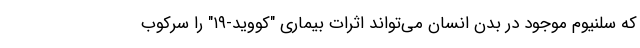
که سلنیوم موجود در بدن انسان می‌تواند اثرات بیماری "کووید-۱۹" را سرکوب